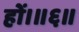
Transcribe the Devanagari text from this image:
हों।॥६॥